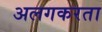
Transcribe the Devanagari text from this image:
अलगकरता